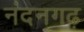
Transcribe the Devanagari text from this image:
नंदनगढ़